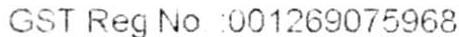
GST REG NO. : 001269075968